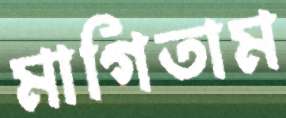
মাগিতাম